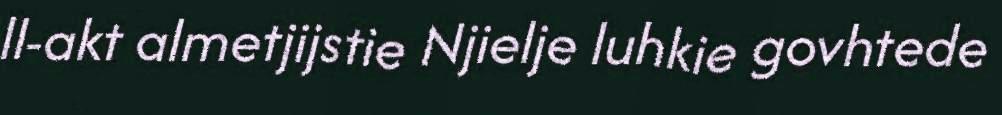
ll-akt almetjijstie Njielje luhkie govhtede